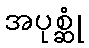
အပုစ္ဆုံ